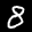
Label: 8